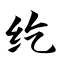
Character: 纥